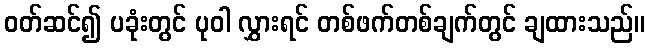
ဝတ်ဆင်၍ ပခုံးတွင် ပုဝါ လွှားရင် တစ်ဖက်တစ်ချက်တွင် ချထားသည်။